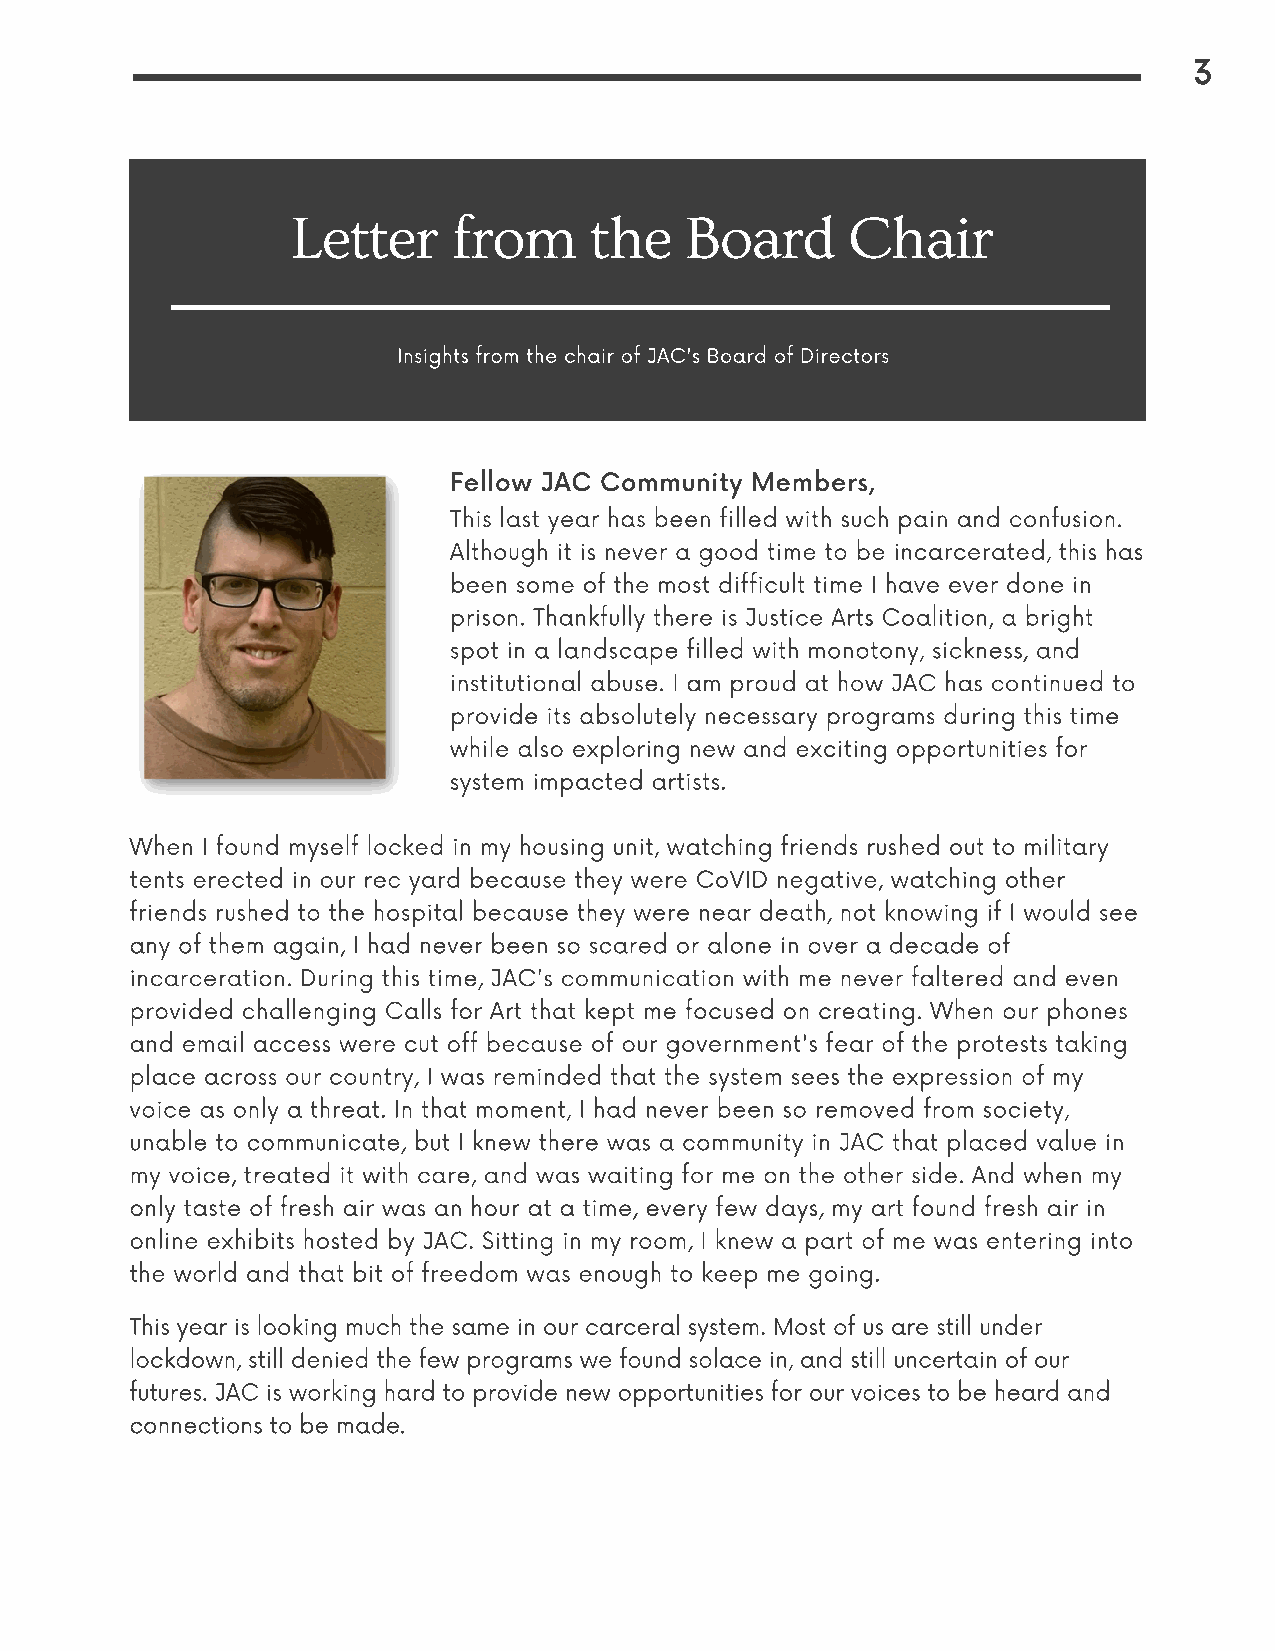
3
 Letter     from     the   Board      Chair
 Insights from the chair of JAC's Board of Directors
 Fellow JAC Community Members,
 This last year has been filled with such pain and confusion.
 Although it is never a good time to be incarcerated, this has
 been some of the most difficult time I have ever done in
 prison. Thankfully there is Justice Arts Coalition, a bright
 spot in a landscape filled with monotony, sickness, and
 institutional abuse. I am proud at how JAC has continued to
 provide its absolutely necessary programs during this time
 while also exploring new and exciting opportunities for
 system impacted artists.
 When I found myself locked in my housing unit, watching friends rushed out to military
 tents erected in our rec yard because they were CoVID negative, watching other
 friends rushed to the hospital because they were near death, not knowing if I would see
 any of them again, I had never been so scared or alone in over a decade of
 incarceration. During this time, JAC's communication with me never faltered and even
 provided challenging Calls for Art that kept me focused on creating. When our phones
 and email access were cut off because of our government's fear of the protests taking
 place across our country, I was reminded that the system sees the expression of my
 voice as only a threat. In that moment, I had never been so removed from society,
 unable to communicate, but I knew there was a community in JAC that placed value in
 my voice, treated it with care, and was waiting for me on the other side. And when my
 only taste of fresh air was an hour at a time, every few days, my art found fresh air in
 online exhibits hosted by JAC. Sitting in my room, I knew a part of me was entering into
 the world and that bit of freedom was enough to keep me going.
 This year is looking much the same in our carceral system. Most of us are still under
 lockdown, still denied the few programs we found solace in, and still uncertain of our
 futures. JAC is working hard to provide new opportunities for our voices to be heard and
 connections to be made.